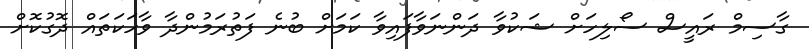
ގާސިމް ރައީސް ސޯލިހަށް ޝަކުވާ ދަންނަވާފައިވާ ކަމަށް ބުނެ ފަތުރަމުންދާ ވާހަކަތައް ދޮގުކޮށް